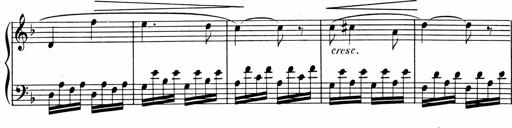
Title: 1Ã¨re Sonatine
Composer: FrÃ©dÃ©ric Binet